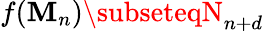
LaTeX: f(\mathbf{M}_{n})\subseteqN_{n+d}